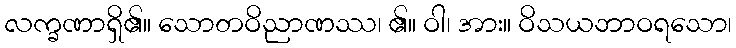
လက္ခဏာရှိ၏။ သောတဝိညာဏဿ၊ ၏။ ဝါ၊ အား။ ဝိသယဘာဝရသော၊